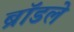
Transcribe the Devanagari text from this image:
ब्रॉडले